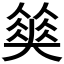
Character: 𡚅